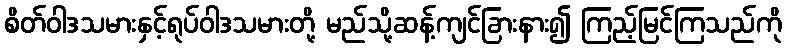
စိတ်ဝါဒသမားနှင့်ရုပ်ဝါဒသမားတို့ မည်သို့ဆန့်ကျင်ခြားနား၍ ကြည့်မြင်ကြသည်ကို